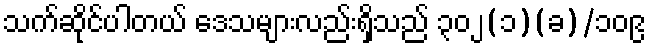
သက်ဆိုင်ပါတယ် ဒေသများလည်းရှိသည် ၃၀၂(၁)(ခ)/၁၀၉